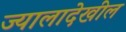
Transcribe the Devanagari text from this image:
ज्यालादेखील